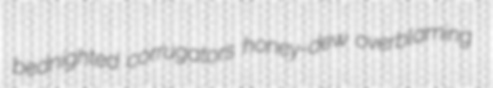
bednighted corrugators honey-dew overblaming